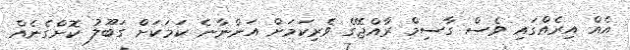
އެއް އިރެއްގައި ވެސް ގާސިމް ރާއްޖޭގެ ވެރިކަމަށް އަންނާނެ ކަމަކަށް ގަބޫލު ކޮށްގެނެއް